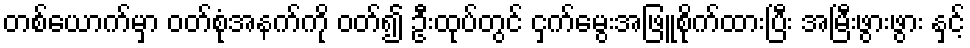
တစ်ယောက်မှာ ဝတ်စုံအနက်ကို ဝတ်၍ ဦးထုပ်တွင် ငှက်မွေးအဖြူစိုက်ထားပြီး အမြီးဖွားဖွား နှင့်